342_HS1-416511228_319.1 Flying Discs 1949
Agency: Department of War
Incident date: 1/9/50
Page 83
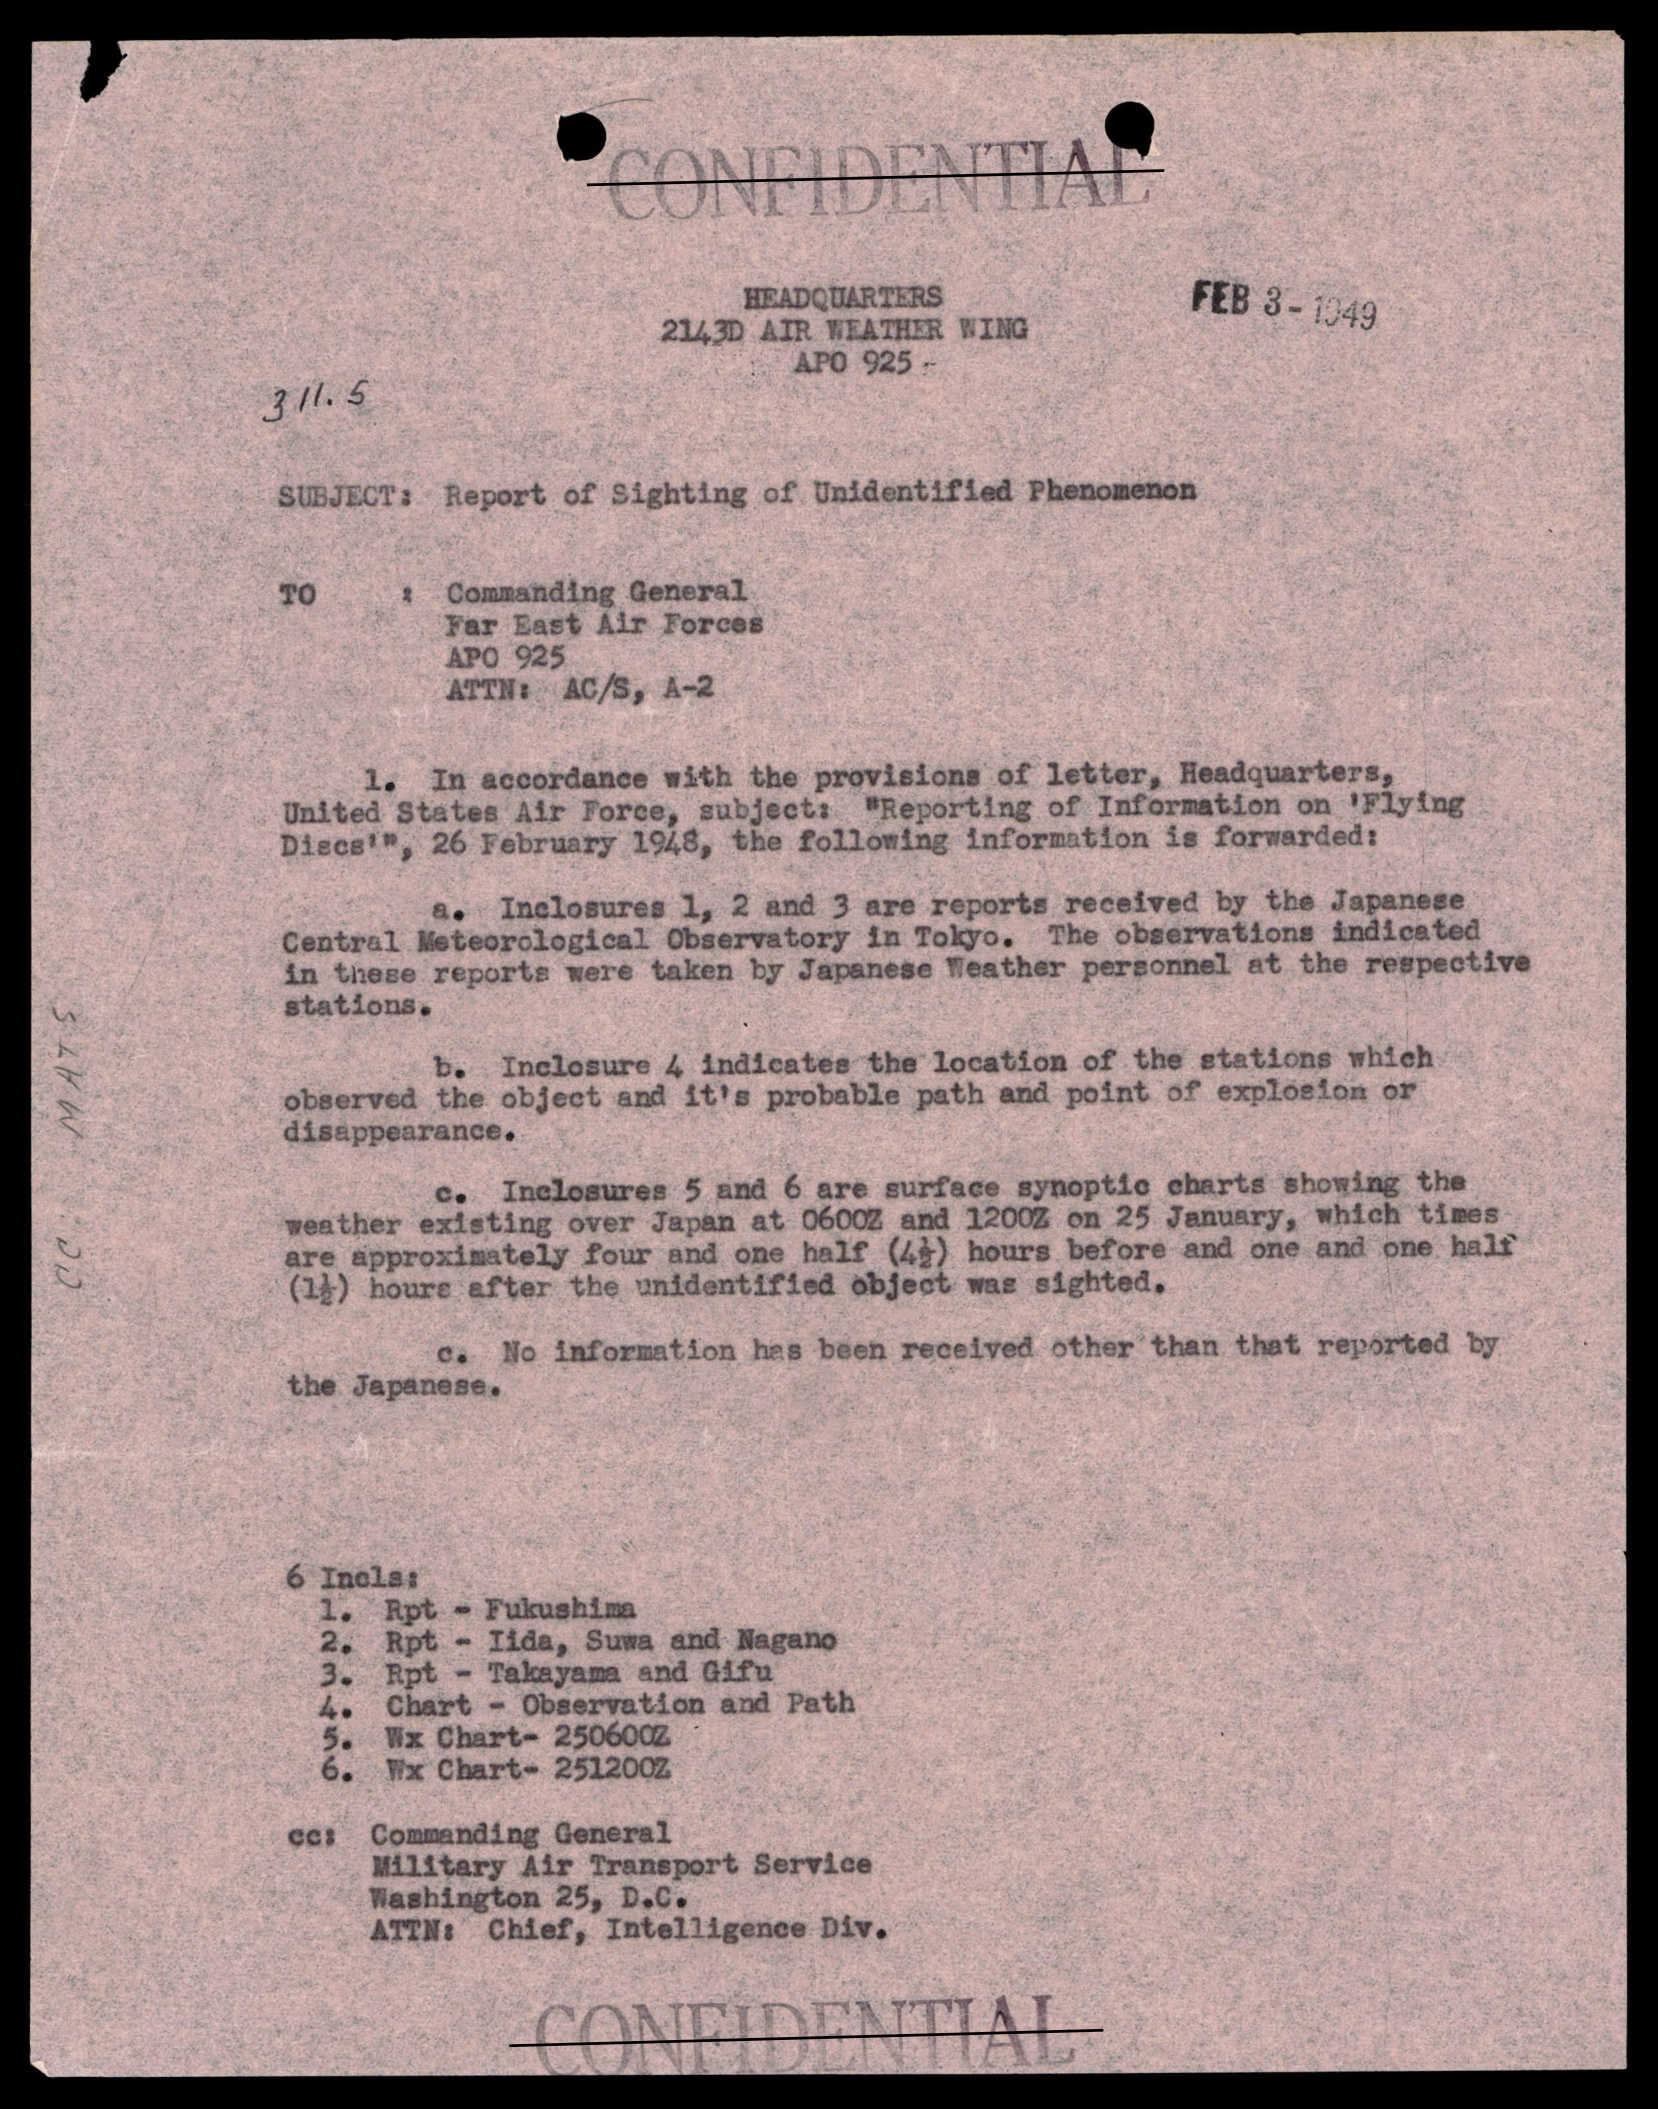